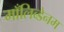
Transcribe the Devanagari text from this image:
माँलिब्डेनम